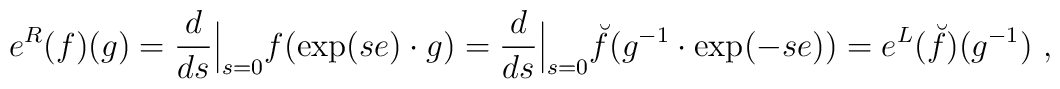
e^R(f)(g) = \frac d{ds}{\Big |}_{s=0} f(\exp (se)\cdot g) =    \frac d{ds}{\Big |}_{s=0} \breve{f}(g^{-1} \cdot \exp (-se)) =    e^L(\breve{f})(g^{-1}) \ ,